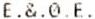
E.&.0.E.